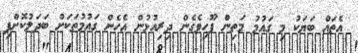
އެތައް ބަޔަކު މި ގައުމު މަތިން ފޫހިވެގެން ދިރިއުޅުން އެހެން ގައުމުތަކަށް ބަދަލުކޮށްފި